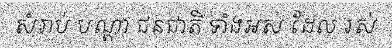
សំរាប់ បណ្តា ជនជាតិ ទាំងអស់ ដែល រស់